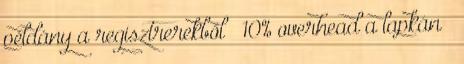
példány a regisztrerekből – 10% overhead a lapkán ●